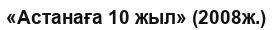
«Астанаға 10 жыл» (2008ж.)